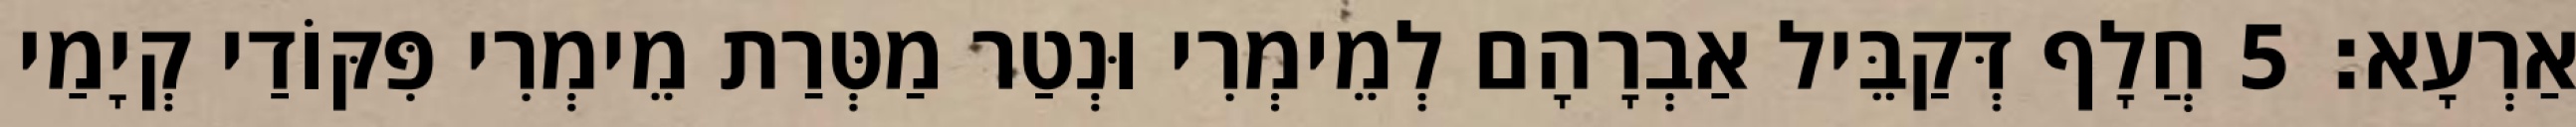
אַרְעָא׃ 5 חֲלָף דְּקַבֵּיל אַבְרָהָם לְמֵימְרִי וּנְטַר מַטְּרַת מֵימְרִי פִּקּוֹדַי קְיָמַי